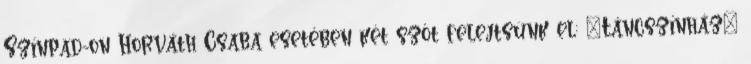
Színpad-on Horváth Csaba esetében két szót felejtsünk el: "Táncszínház"